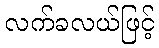
လက်ခလယ်ဖြင့်